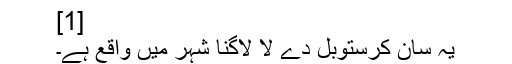
[1]
یہ سان كرستوبل دے لا لاگنا شہر میں واقع ہے۔